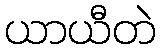
ယာယီတဲ